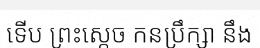
ទើប ព្រះស្តេច កនប្រឹក្សា នឹង